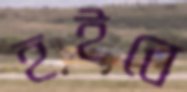
হইবে